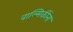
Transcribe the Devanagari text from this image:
वाल्मिकींना